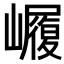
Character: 𭗫